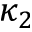
\kappa _ { 2 }